Indian journal of veterinary science and animal husbandry - Volume 11,
Year: 1941
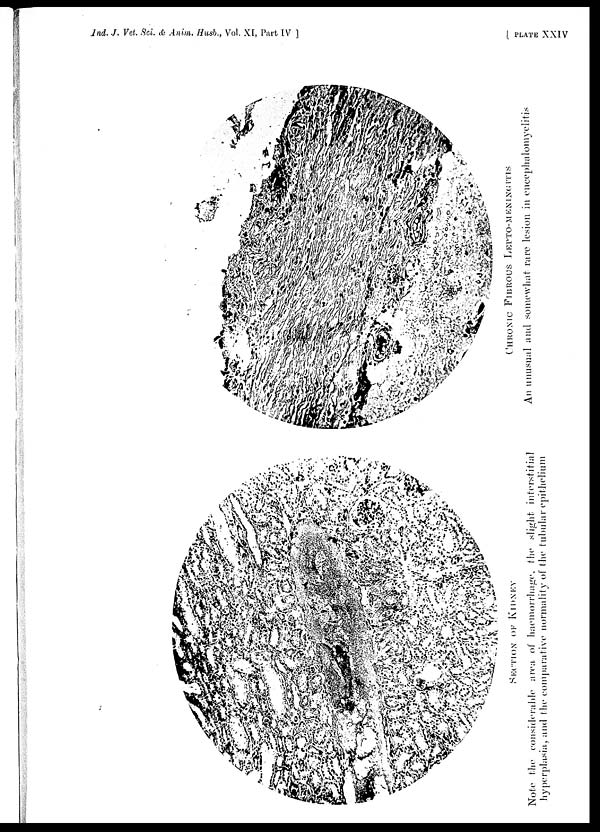
Ind. J. Vet. Sci. & Anim. Husb., Vol. XI, Part IV ]
[
PLATE
XXIV
SECTION OF KIDNEY
Note the considerable area of haemorrhage, the slight interstitial
hyperplasia, and the comparative normality of the tubular epithelium
CHRONIC FIBROUS LEPTO-MENINGITIS
An unusual and somewhat rare lesion in encephalomyelitis